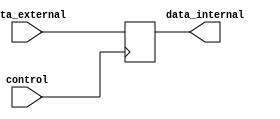
module bidirectional_buffer (
    input wire control,
    input wire data_external,
    output reg data_internal
);

always @ (posedge control) begin
    if (control == 1'b1) begin
        // Output mode
        data_internal <= data_external;
    end else begin
        // Input mode
        data_internal <= 1'b0; // Dummy value, replace with actual logic
    end
end

endmodule